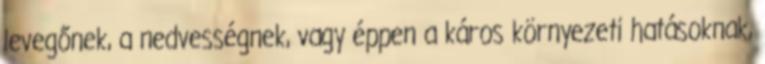
levegőnek, a nedvességnek, vagy éppen a káros környezeti hatásoknak,